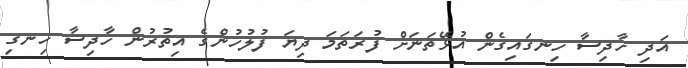
އަދި ހާދިސާ ހިނގައިގެން އުޅޭތަނަށް ފުރަތަމަ ދިޔަ ފުލުހުންގެ އިތުރުން ހާދިސާ ހިނގި